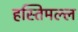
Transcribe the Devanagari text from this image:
हस्तिमल्ल